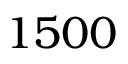
1 5 0 0